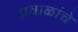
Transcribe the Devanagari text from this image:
प्रवाळांचे